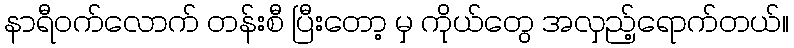
နာရီဝက်လောက် တန်းစီ ပြီးတော့ မှ ကိုယ်တွေ အလှည့်ရောက်တယ်။